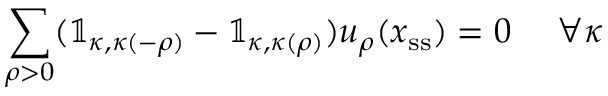
\sum _ { \rho > 0 } ( { \mathbb 1 } _ { \kappa , \kappa ( - \rho ) } - { \mathbb 1 } _ { \kappa , \kappa ( \rho ) } ) u _ { \rho } ( \boldsymbol { x } _ { \mathrm { s s } } ) = 0 \mathrm { ~ } \mathrm { ~ } \mathrm { ~ } \mathrm { ~ } \forall \kappa